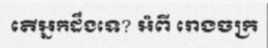
តើអ្នកដឹងទេ? អំពី រោងចក្រ